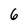
Character: 6